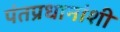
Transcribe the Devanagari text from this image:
पंतप्रधानांशी